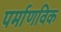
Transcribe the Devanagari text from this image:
पर्माणविक